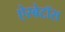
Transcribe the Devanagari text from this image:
ऐस्बेटॉस